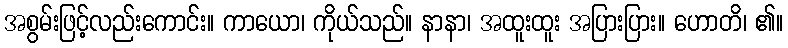
အစွမ်းဖြင့်လည်းကောင်း။ ကာယော၊ ကိုယ်သည်။ နာနာ၊ အထူးထူး အပြားပြား။ ဟောတိ၊ ၏။